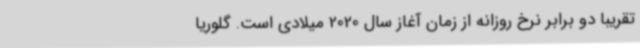
تقریبا دو برابر نرخ روزانه از زمان آغاز سال 2020 میلادی است. گلوریا